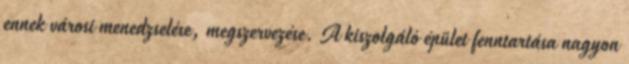
ennek városi menedzselése, megszervezése. A kiszolgáló épület fenntartása nagyon